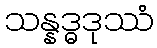
သန္နဒ္ဓဒုဿံ